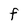
Character: F